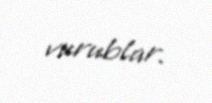
vurublar.